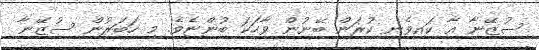
ސުޒޭނާ އާ ކައިވެނި ކުރަން ބޭނުން ވާހަކަ ބުންޏެވެ. މި ހަބަރުން ސުޒޭނާ